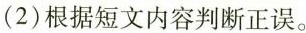
(2)根据短文内容判断正误。